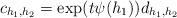
LaTeX: \begin{align*}c_{h_{1},h_{2}}=\exp(t\psi(h_{1}))d_{h_{1},h_{2}}\end{align*}